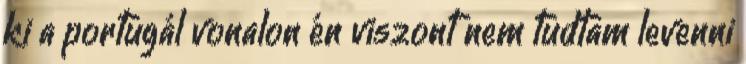
ki a portugál vonalon én viszont nem tudtam levenni